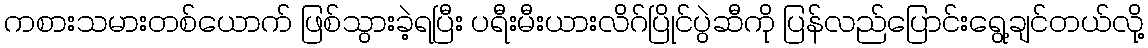
ကစားသမားတစ်ယောက် ဖြစ်သွားခဲ့ရပြီး ပရီးမီးယားလိဂ်ပြိုင်ပွဲဆီကို ပြန်လည်ပြောင်းရွေ့ချင်တယ်လို့